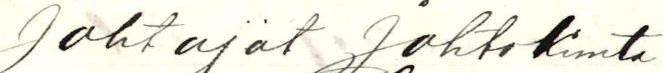
Johtajat Johtokunta